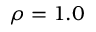
\rho = 1 . 0